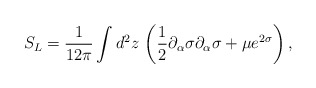
\begin{align*}S_{L}=\frac{1}{12\pi }\int d^{2}z\, \left( \frac{1}{2}\partial _{\alpha }\sigma \partial _{\alpha }\sigma +\mu e^{2\sigma }\right) ,\end{align*}